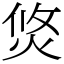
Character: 焂